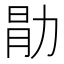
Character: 𫦱